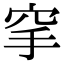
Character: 𥤺